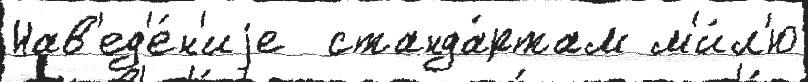
Нав'ед'е́н'иjе  станда́ртам м'и́л'ю